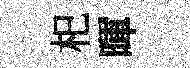
𣏌暉